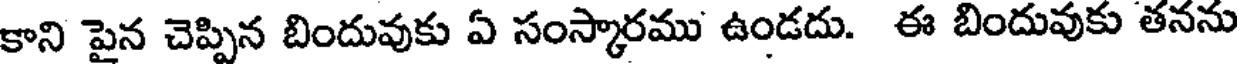
కాని పైన చెప్పిన బిందువుకు ఏ సంస్కారము ఉండదు. ఈ బిందువుకు తనను